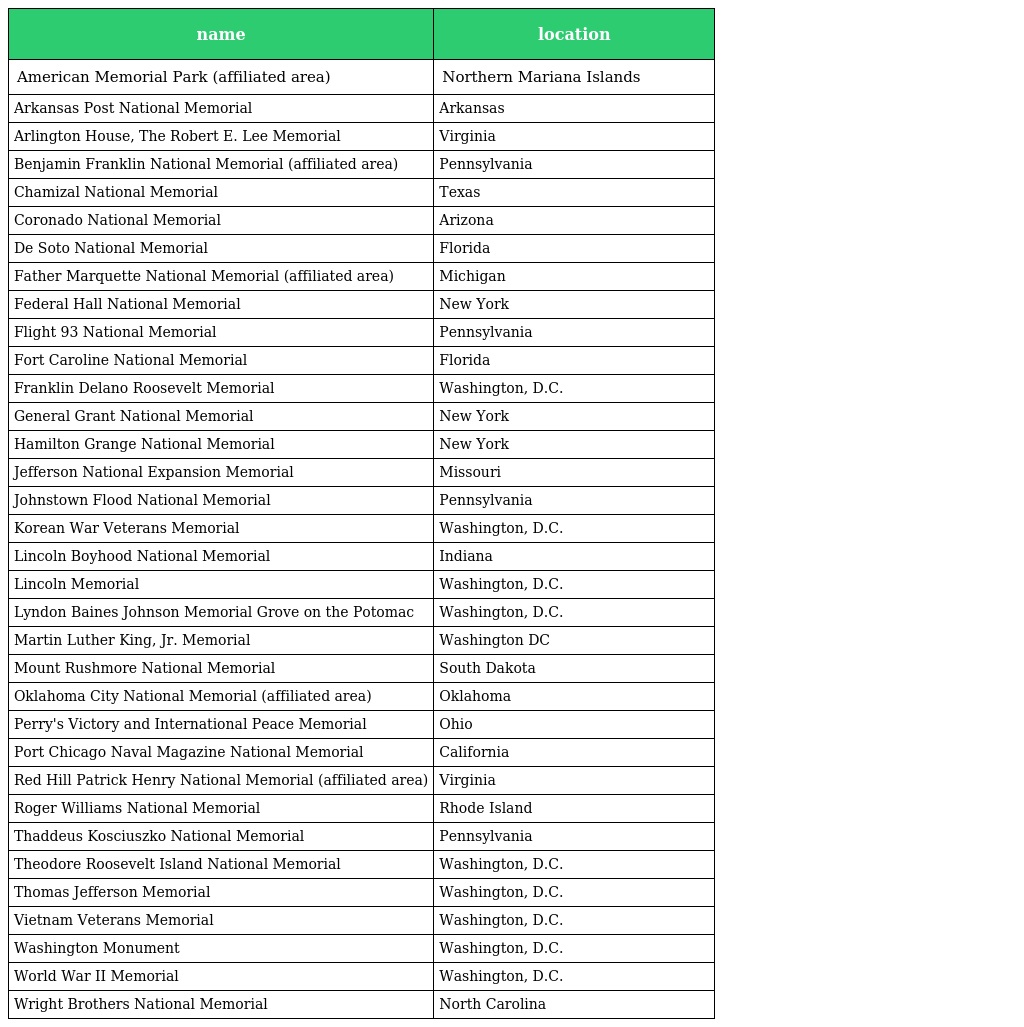
| name | location |
 | --- | --- |
 | American Memorial Park (affiliated area) | Northern Mariana Islands |
 | Arkansas Post National Memorial | Arkansas |
 | Arlington House, The Robert E. Lee Memorial | Virginia |
 | Benjamin Franklin National Memorial (affiliated area) | Pennsylvania |
 | Chamizal National Memorial | Texas |
 | Coronado National Memorial | Arizona |
 | De Soto National Memorial | Florida |
 | Father Marquette National Memorial (affiliated area) | Michigan |
 | Federal Hall National Memorial | New York |
 | Flight 93 National Memorial | Pennsylvania |
 | Fort Caroline National Memorial | Florida |
 | Franklin Delano Roosevelt Memorial | Washington, D.C. |
 | General Grant National Memorial | New York |
 | Hamilton Grange National Memorial | New York |
 | Jefferson National Expansion Memorial | Missouri |
 | Johnstown Flood National Memorial | Pennsylvania |
 | Korean War Veterans Memorial | Washington, D.C. |
 | Lincoln Boyhood National Memorial | Indiana |
 | Lincoln Memorial | Washington, D.C. |
 | Lyndon Baines Johnson Memorial Grove on the Potomac | Washington, D.C. |
 | Martin Luther King, Jr. Memorial | Washington DC |
 | Mount Rushmore National Memorial | South Dakota |
 | Oklahoma City National Memorial (affiliated area) | Oklahoma |
 | Perry's Victory and International Peace Memorial | Ohio |
 | Port Chicago Naval Magazine National Memorial | California |
 | Red Hill Patrick Henry National Memorial (affiliated area) | Virginia |
 | Roger Williams National Memorial | Rhode Island |
 | Thaddeus Kosciuszko National Memorial | Pennsylvania |
 | Theodore Roosevelt Island National Memorial | Washington, D.C. |
 | Thomas Jefferson Memorial | Washington, D.C. |
 | Vietnam Veterans Memorial | Washington, D.C. |
 | Washington Monument | Washington, D.C. |
 | World War II Memorial | Washington, D.C. |
 | Wright Brothers National Memorial | North Carolina |